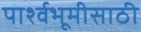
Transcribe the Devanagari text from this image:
पार्श्वभूमीसाठी